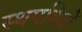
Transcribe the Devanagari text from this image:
स्थपतियों